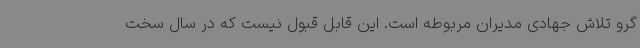
گرو تلاش جهادی مدیران مربوطه است. این قابل قبول نیست که در سال سخت